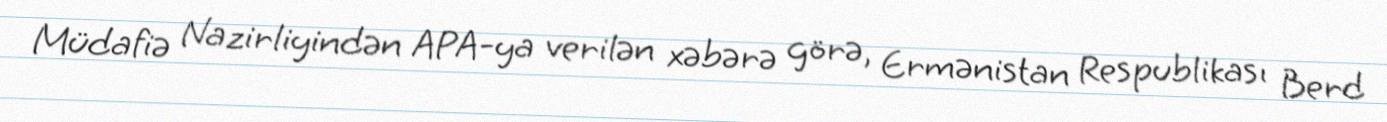
Müdafiə Nazirliyindən APA-ya verilən xəbərə görə, Ermənistan Respublikası Berd